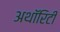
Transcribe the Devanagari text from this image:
अथाॅरिटी